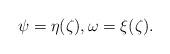
LaTeX: \begin{align*}\psi = \eta(\zeta), \omega= \xi(\zeta).\end{align*}